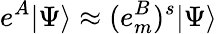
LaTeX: e^{A}|\Psi\rangle\approx(e_{m}^{B})^{s}|\Psi\rangle